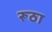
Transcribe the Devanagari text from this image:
रूठा